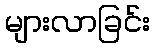
များလာခြင်း